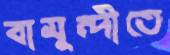
বামুন্দীতে